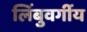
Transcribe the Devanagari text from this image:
लिंबुवर्गीय